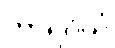
ကာရဝိယံ